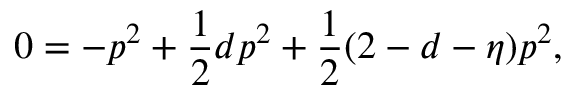
0 = - p ^ { 2 } + \frac { 1 } { 2 } d p ^ { 2 } + \frac { 1 } { 2 } ( 2 - d - \eta ) p ^ { 2 } ,